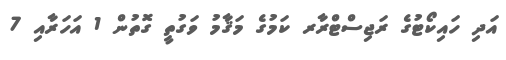
އަދި ހައިކޯޓުގެ ރަޖިސްޓްރާރ ކަމުގެ މަޤާމު ވަގުތީ ގޮތުން 1 އަހަރާއި 7